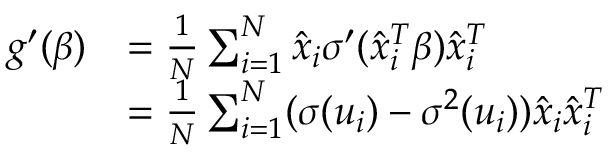
\begin{array} { r l } { g ^ { \prime } ( \beta ) } & { = \frac { 1 } { N } \sum _ { i = 1 } ^ { N } \hat { x } _ { i } \sigma ^ { \prime } ( \hat { x } _ { i } ^ { T } \beta ) \hat { x } _ { i } ^ { T } } \\ & { = \frac { 1 } { N } \sum _ { i = 1 } ^ { N } ( \sigma ( u _ { i } ) - \sigma ^ { 2 } ( u _ { i } ) ) \hat { x } _ { i } \hat { x } _ { i } ^ { T } } \end{array}